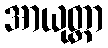
အာယုတ္တာ